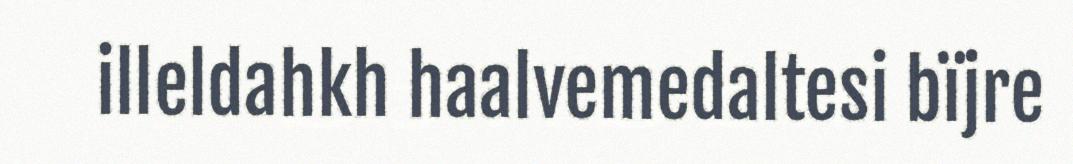
illeldahkh haalvemedaltesi bïjre